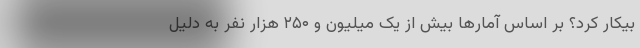
بیکار کرد؟ بر اساس آمارها بیش از یک میلیون و ۲۵۰ هزار نفر به دلیل